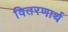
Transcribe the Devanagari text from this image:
वितरणार्थ